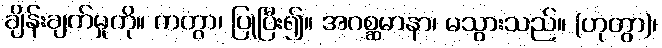
ချိန်းချက်မှုကို။ ကတွာ၊ ပြုပြီး၍။ အဂစ္ဆမာနာ၊ မသွားသည်။ (ဟုတွာ)၊